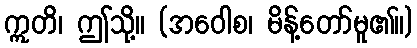
ဣတိ၊ ဤသို့။ (အဝေါစ၊ မိန့်တော်မူ၏။)